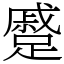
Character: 蹙